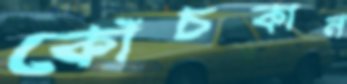
কোঁচকান